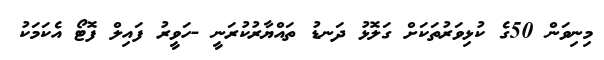
މިނިވަން 50ގެ ކުޅިވަރުތަކަށް ގަލޮޅު ދަނޑު ތައްޔާރުކުރަނީ -ހަވީރު ފައިލް ފޮޓޯ އެކަމަކު